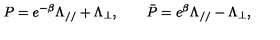
P = e ^ { - \beta } \Lambda _ { / / } + \Lambda _ { \bot } , \qquad \bar { P } = e ^ { \beta } \Lambda _ { / / } - \Lambda _ { \bot } ,